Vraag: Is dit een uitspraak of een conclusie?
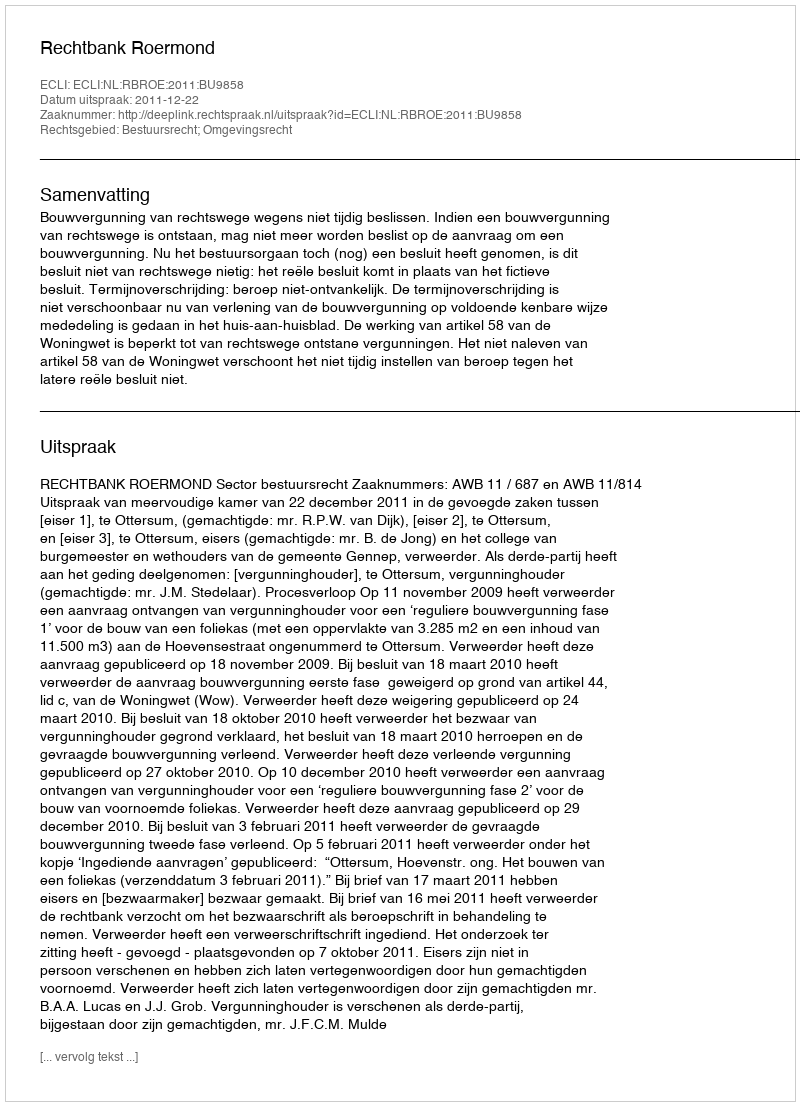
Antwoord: Uitspraak